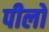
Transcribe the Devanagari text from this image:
पीलो